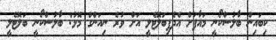
ކިބައިން ބާލުސްކޯނީ މައާފަށް އެދެފިބަލޮޓެލީ އަށް ވުރެ ނިއަންގް މޮޅު: ބާލުސްކޯނީ ބަލޮޓެލީ